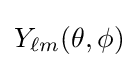
Y_{\ell m}(\theta ,\phi )